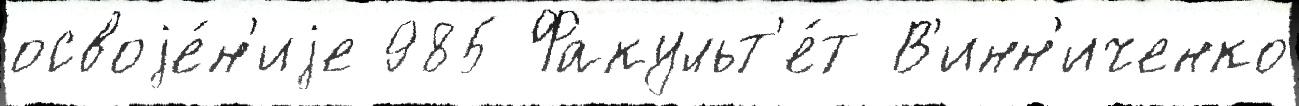
освоjе́н'иjе 985 Факульт'е́т В'инн'иченко